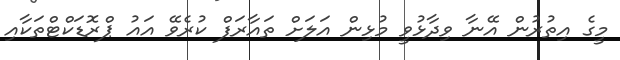
މީގެ އިތުރުން އޭނާ ވިދާޅުވީ މުޅިން އަލަށް ތައާރަފް ކުރެވޭ އައު ޕްރޮޑަކްޓްތަކާއި